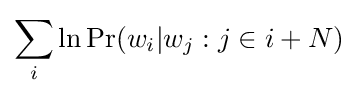
\sum _{i}\ln \Pr(w_{i}|w_{j}:j\in i+N)